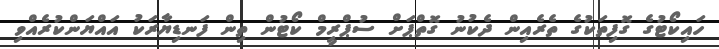
ހައިކޯޓުގެ ގޮފިތަކުގެ ތެރެއިން ދެކުނު ގޮތްޕަށް ސުޕްރީމް ކޯޓުން ތިން ފަނޑިޔާރަކު އައްޔަންކުރެއްވި